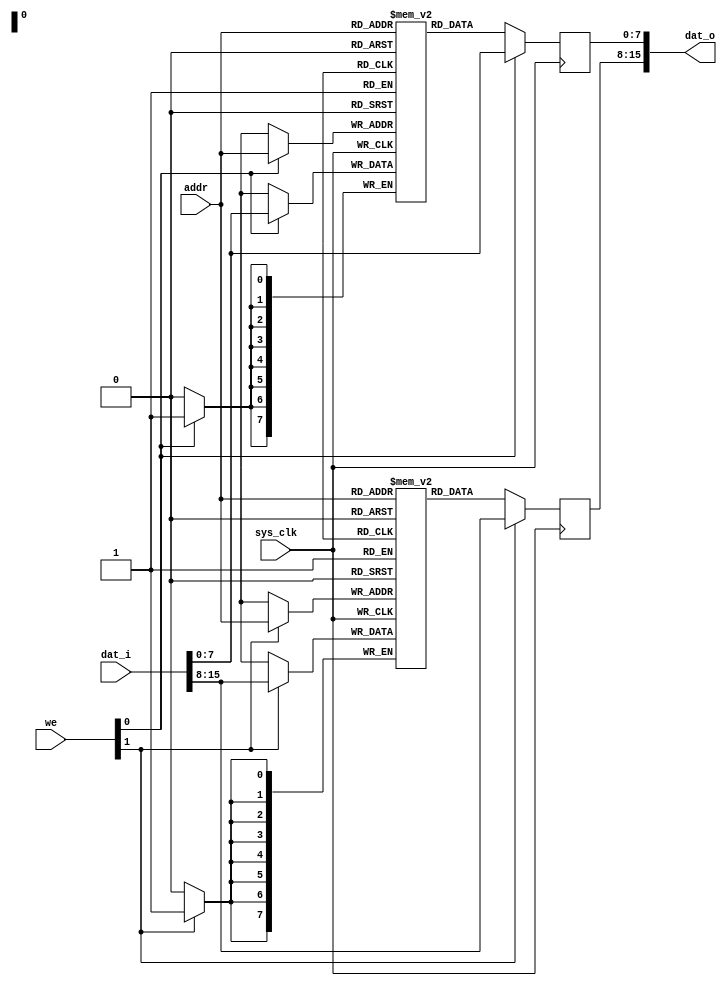
module fmlbrg_datamem_1 #(
	parameter depth = 8
) (
	input sys_clk,
	input [depth-1:0] addr,
	input [1:0] we,
	input [15:0] dat_i,
	output [15:0] dat_o
);
reg [7:0] ram0[0:(1 << depth)-1];
reg [7:0] ram1[0:(1 << depth)-1];
wire [7:0] ram0di;
wire [7:0] ram1di;
reg [7:0] ram0do;
reg [7:0] ram1do;
always @(posedge sys_clk) begin
	if(we[1]) begin
		ram1[addr] <= ram1di;
		ram1do  <= ram1di;
	end else
		ram1do <= ram1[addr];
end
always @(posedge sys_clk) begin
	if(we[0]) begin
		ram0[addr] <= ram0di;
		ram0do <= ram0di;
	end else
		ram0do <= ram0[addr];
end
assign ram0di = dat_i[7:0];
assign ram1di = dat_i[15:8];
assign dat_o = {ram1do, ram0do};
endmodule